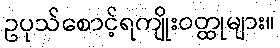
ဥပုသ်စောင့်ရကျိုးဝတ္ထုများ။